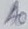
Text: A0